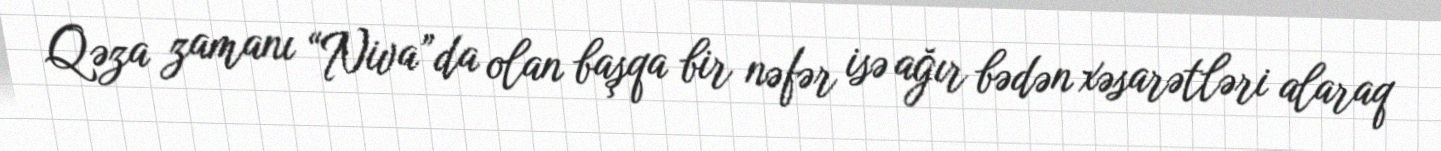
Qəza zamanı “Niva”da olan başqa bir nəfər isə ağır bədən xəsarətləri alaraq